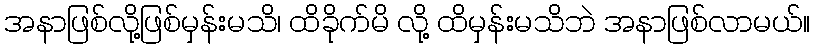
အနာဖြစ်လို့ဖြစ်မှန်းမသိ၊ ထိခိုက်မိ လို့ ထိမှန်းမသိဘဲ အနာဖြစ်လာမယ်။